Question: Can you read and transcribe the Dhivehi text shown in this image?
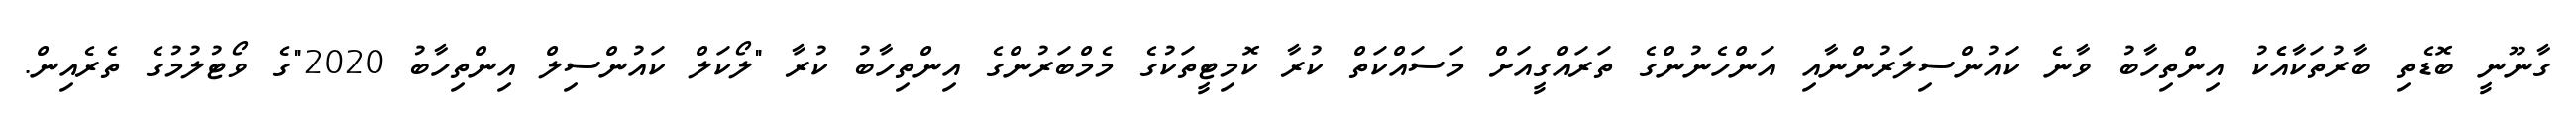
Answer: ގާނޫނީ ބޮޑެތި ބާރުތަކާއެެކު އިންތިހާބު ވާނެ ކައުންސިލަރުންނާއި އަންހެނުންގެ ތަރައްގީއަށް މަސައްކަތް ކުރާ ކޮމިޓީތަކުގެ މެމްބަރުންގެ އިންތިހާބު ކުރާ "ލޯކަލް ކައުންސިލް އިންތިހާބު 2020"ގެ ވޯޓުލުމުގެ ތެރެއިން.